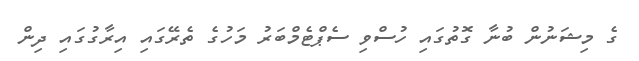
ގެ މިޝަނުން ބުނާ ގޮތުގައި ހުސްވި ސެޕްޓެމްބަރު މަހުގެ ތެރޭގައި އިރާގުގައި ދިން